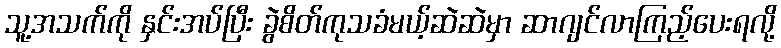
သူ့အသက်ကို နှင်းအပ်ပြီး ခွဲစိတ်ကုသခံမယ့်ဆဲဆဲမှာ ဆာဂျင်လာကြည့်ပေးရလို့